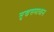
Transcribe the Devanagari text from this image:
सुखसमाधान